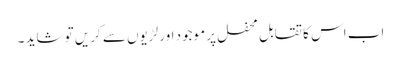
اب اس کا تقابل محفل پر موجود اور لڑیوں سے کریں تو شاید ۔